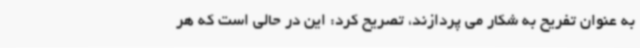
به عنوان تفریح به شکار می پردازند، تصریح کرد: این در حالی است که هر